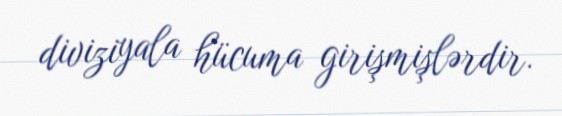
diviziyala hücuma girişmişlərdir.